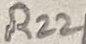
Text: R22